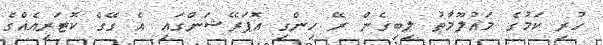
ހުރި ކަމުގެ މައުލޫމާތު ލިބިގެން ރޭ ހިންގި އޮޕަރޭޝަންގައި އެ ގޭގެ ކޮޓަރިއެއްގެ